Calcutta medical institutions reports 1892-1900
Year: 1892
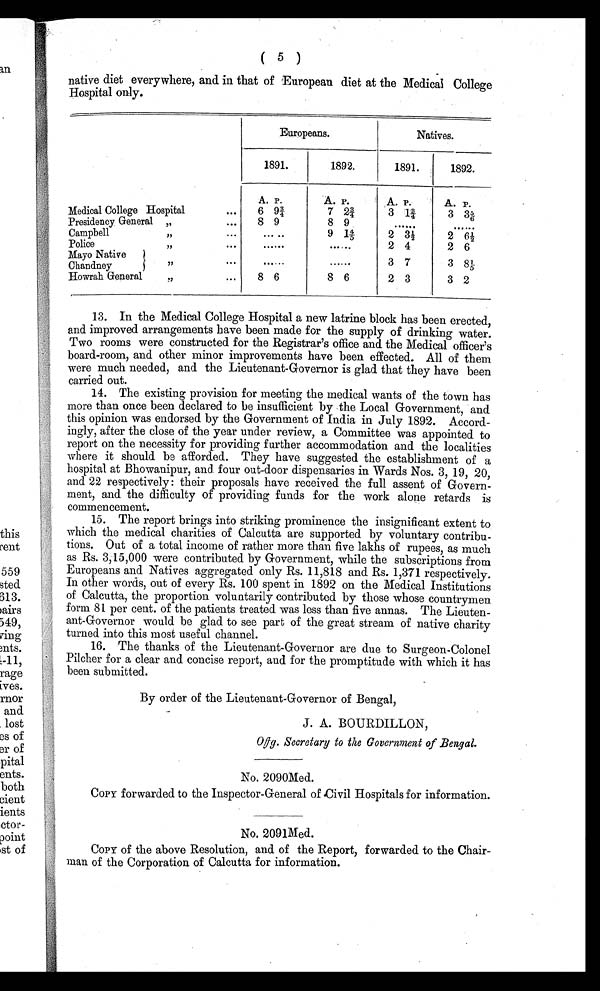
( 5 )
native diet everywhere, and in that of European diet at the Medical College
Hospital only.
Europeans.
Natives.
1891.
1892.
1891.
1892.
A. P.
A. P.
A. P.
A. P.
Medical College Hospital
...
6 9¾
7 2¾
3 l¾
3 3 5/6
Presidency General ,,
...
8 9
8 9
......
. . . . . .
Campbell ,,
. . .
. . . . . .
9 1 4/5
2 3½
2 6½
Police ,,
. . .
......
......
2 4
2 6
Mayo Native
,,
. . .
. . . . . .
. . . . . .
3 7
3 8 1/5
Chandney
Howrah General ,,
. . .
8 6
8 6
2 3
3 2
13. In the Medical College Hospital a new latrine block has been erected,
and improved arrangements have been made for the supply of drinking water.
Two rooms were constructed for the Registrar's office and the Medical officer's
board-room, and other minor improvements have been effected. All of them
were much needed, and the Lieutenant-Governor is glad that they have been
carried out.
14. The existing provision for meeting the medical wants of the town has
more than once been declared to be insufficient by the Local Government, and
this opinion was endorsed by the Government of India in July 1892. Accord-
ingly, after the close of the year under review, a Committee was appointed to
report on the necessity for providing further accommodation and the localities
where it should be afforded. They have suggested the establishment of a
hospital at Bhowanipur, and four out-door dispensaries in Wards Nos. 3, 19, 20,
and. 22 respectively: their proposals have received the full assent of Govern-
ment, and the difficulty of providing funds for the work alone retards is
commencement.
15. The report brings into striking prominence the insignificant extent to
which the medical charities of Calcutta are supported by voluntary contribu-
tions. Out of a total income of rather more than five lakhs of rupees, as much
as Rs. 3,15,000 were contributed by Government, while the subscriptions from
Europeans and Natives aggregated only Rs. 11,818 and Rs. 1,371 respectively.
In other words, out of every Rs. 100 spent in 1892 on the Medical Institutions
of Calcutta, the proportion voluntarily contributed by those whose countrymen
form 81 per cent. of the patients treated was less than five annas. The Lieuten-
ant-Governor would be glad to see part of the great stream of native charity
turned into this most useful channel.
16. The thanks of the Lieutenant-Governor are due to Surgeon-Colonel
Pilcher for a clear and concise report, and for the promptitude with which it has
been submitted.
By order of the Lieutenant-Governor of Bengal,
J. A. BOURDILLON,
O f f g . S e c r e t a r y t o t h e G o v e r n m e n t o f B e n g a l
.
No. 2090 Med.
COPY forwarded to the Inspector-General of Civil Hospitals for information.
No. 2091 Med.
COPY of the above Resolution, and of the Report, forwarded to the Chair-
man of the Corporation of Calcutta for information.